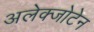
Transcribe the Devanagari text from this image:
अलेक्जोटेन